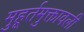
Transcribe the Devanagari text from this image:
मुहूर्तमुक्तावली